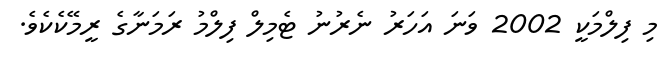
މި ފިލްމަކީ 2002 ވަނަ އަހަރު ނެރުނު ޓެމިލް ފިލްމު ރަމަނާގެ ރީމޭކެކެވެ.